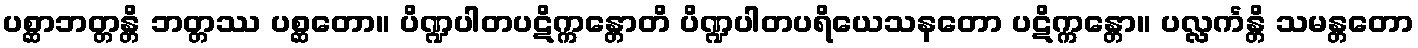
ပစ္ဆာဘတ္တန္တိ ဘတ္တဿ ပစ္ဆတော။ ပိဏ္ဍပါတပဋိက္ကန္တောတိ ပိဏ္ဍပါတပရိယေသနတော ပဋိက္ကန္တော။ ပလ္လင်္ကန္တိ သမန္တတော